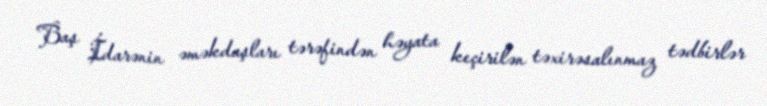
Baş İdarənin əməkdaşları tərəfindən həyata keçirilən təxirəsalınmaz tədbirlər